Scottish Leaving Certificate Examination, 1955
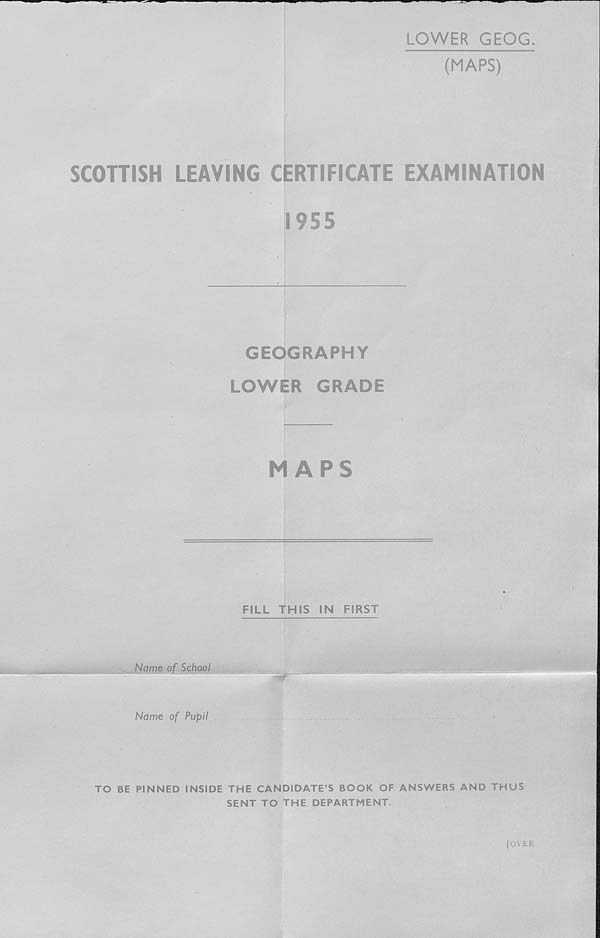
LOWER GEOG
(MAPS)
SCOTTISH LEAVING CERTIFICATE EXAMINATION
1955
GEOGRAPHY
LOWER GRADE
MAPS
FILL THIS IN FIRST
Name of School.
Name of Pupil
....
TO BE PINNED INSIDE THE CANDIDATE’S BOOK OF ANSWERS AND THUS
SENT TO THE DEPARTMENT.
(over